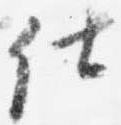
仕